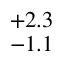
^ { + 2 . 3 } _ { - 1 . 1 }